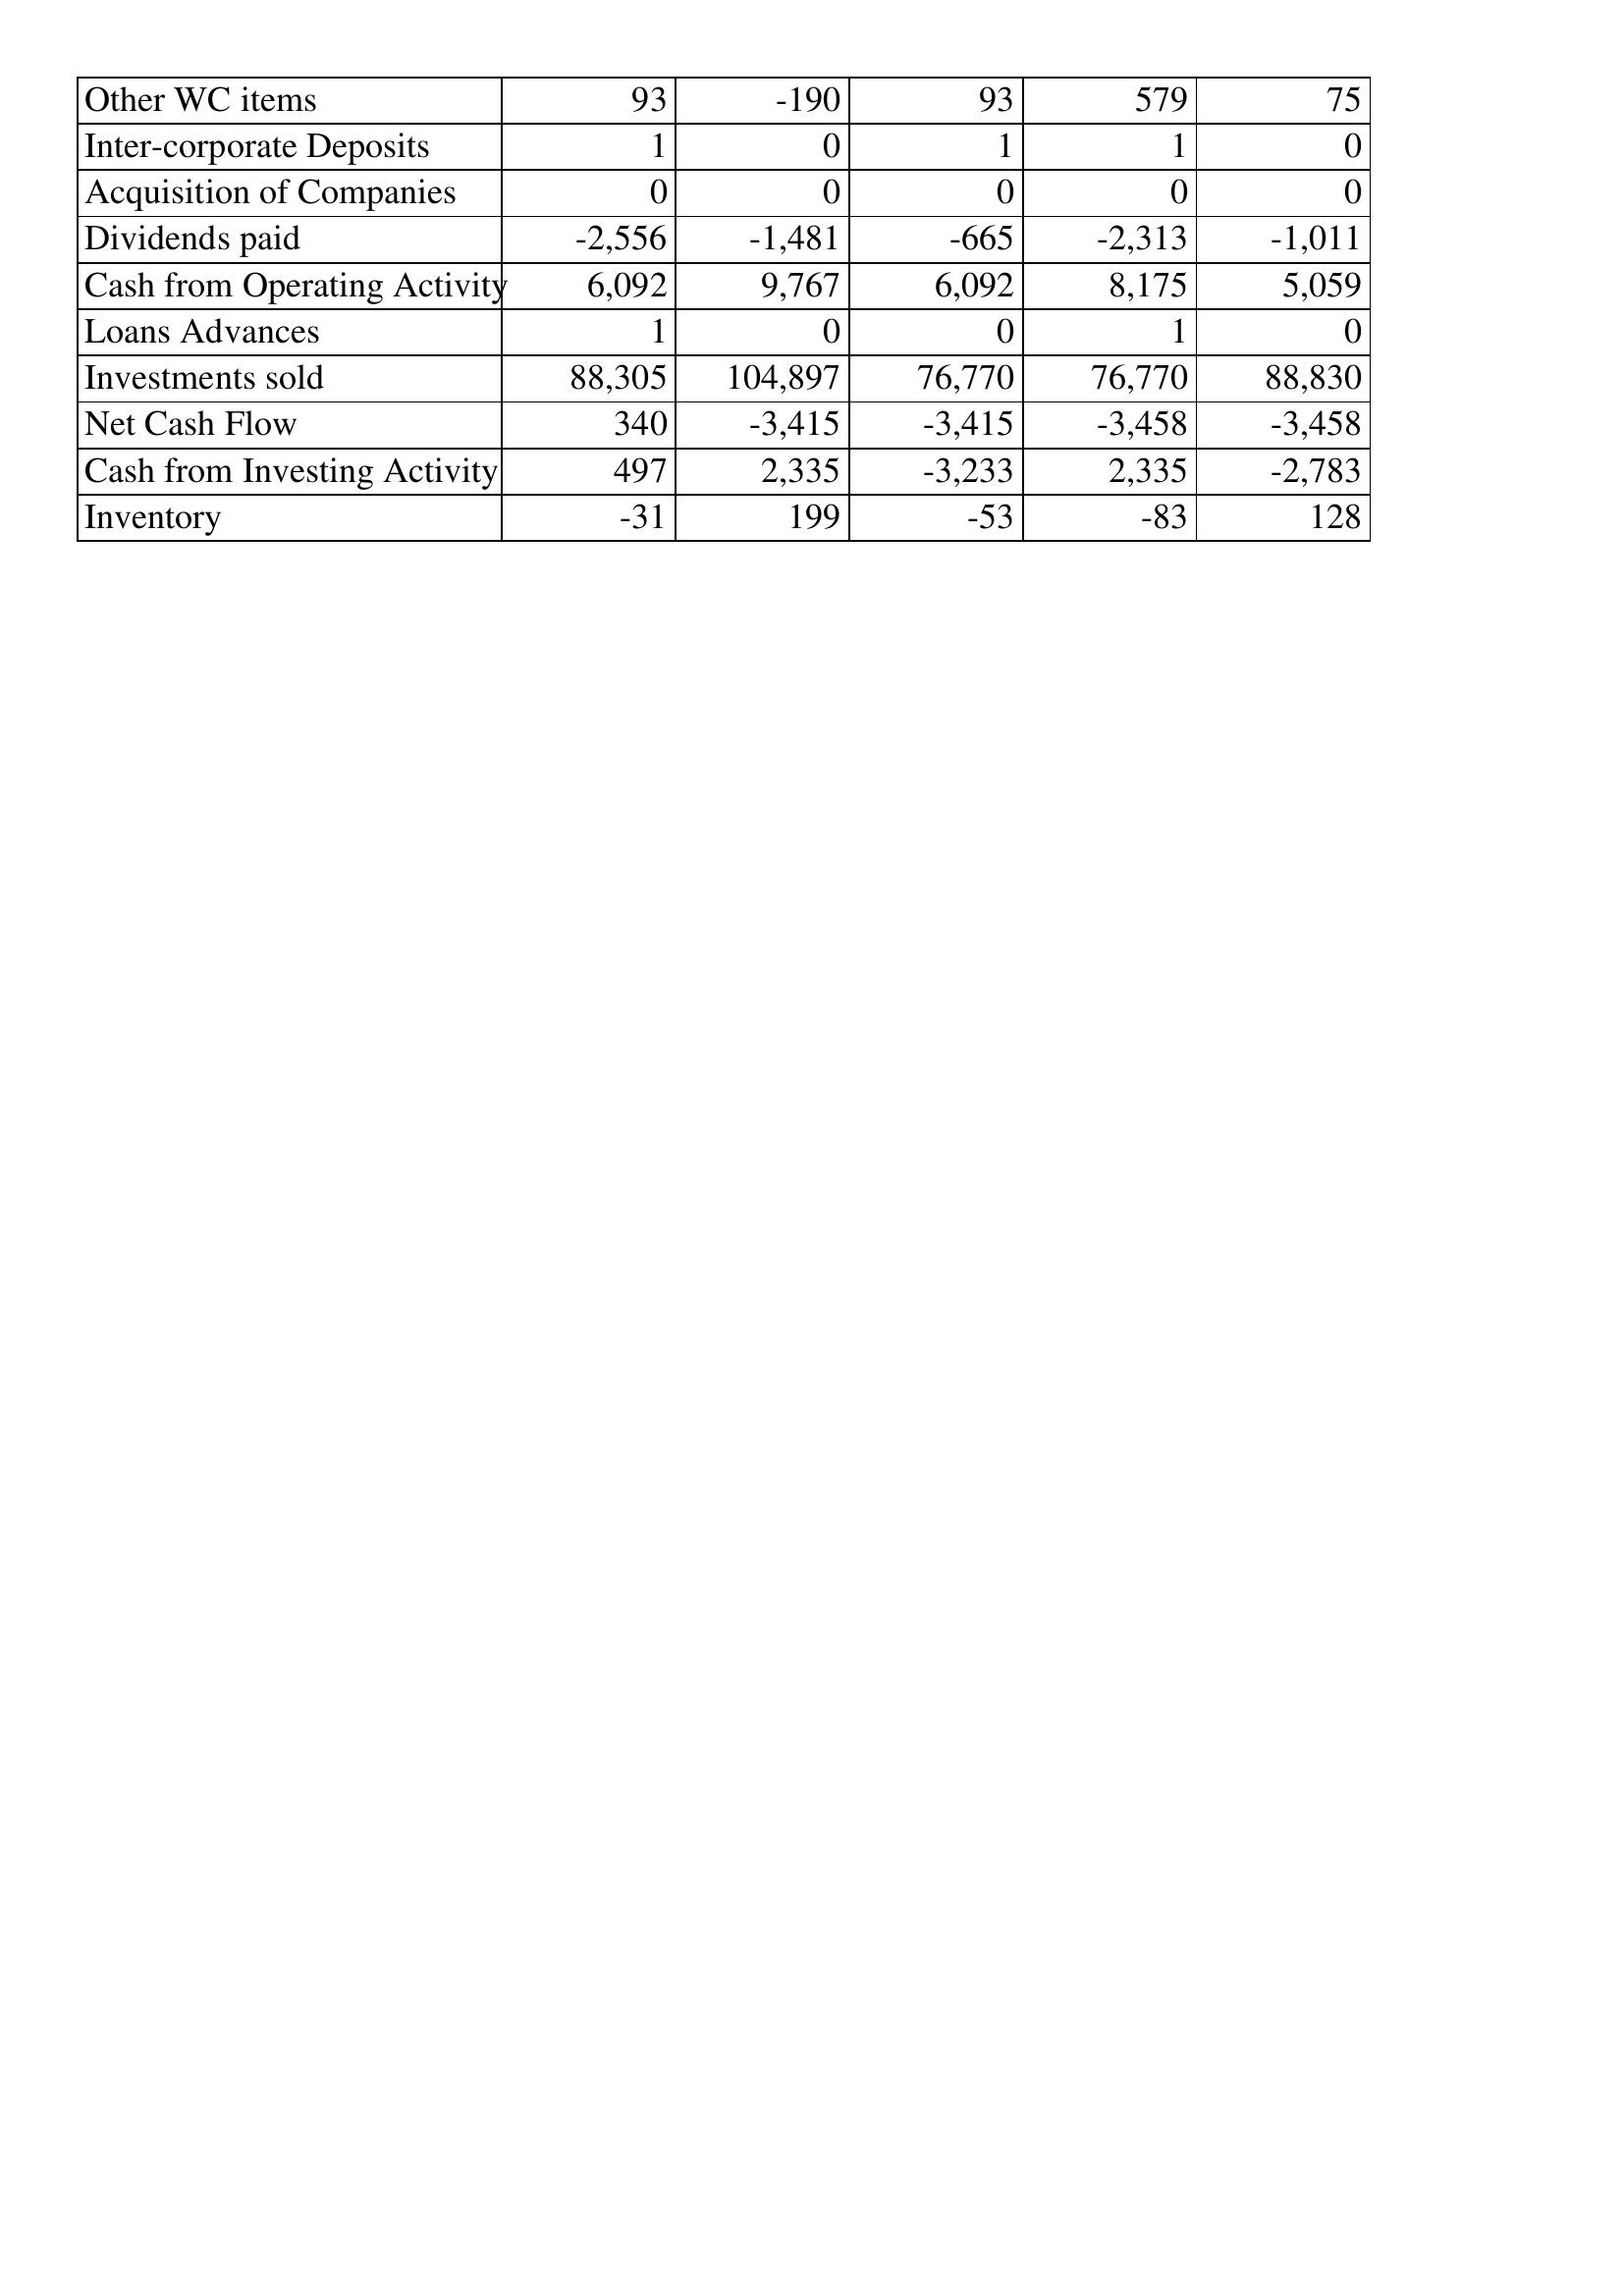
Apr-16: Cash Flows: Other WC items: 93
Inter-corporate Deposits: 1
Acquisition of Companies: 0
Dividends paid: -2,556
Cash from Operating Activity: 6,092
Loans Advances: 1
Investments sold: 88,305
Net Cash Flow: 340
Cash from Investing Activity: 497
Inventory: -31
Apr-15: Cash Flows: Other WC items: -190
Inter-corporate Deposits: 0
Acquisition of Companies: 0
Dividends paid: -1,481
Cash from Operating Activity: 9,767
Loans Advances: 0
Investments sold: 104,897
Net Cash Flow: -3,415
Cash from Investing Activity: 2,335
Inventory: 199
Apr-14: Cash Flows: Other WC items: 93
Inter-corporate Deposits: 1
Acquisition of Companies: 0
Dividends paid: -665
Cash from Operating Activity: 6,092
Loans Advances: 0
Investments sold: 76,770
Net Cash Flow: -3,415
Cash from Investing Activity: -3,233
Inventory: -53
Apr-13: Cash Flows: Other WC items: 579
Inter-corporate Deposits: 1
Acquisition of Companies: 0
Dividends paid: -2,313
Cash from Operating Activity: 8,175
Loans Advances: 1
Investments sold: 76,770
Net Cash Flow: -3,458
Cash from Investing Activity: 2,335
Inventory: -83
Apr-12: Cash Flows: Other WC items: 75
Inter-corporate Deposits: 0
Acquisition of Companies: 0
Dividends paid: -1,011
Cash from Operating Activity: 5,059
Loans Advances: 0
Investments sold: 88,830
Net Cash Flow: -3,458
Cash from Investing Activity: -2,783
Inventory: 128